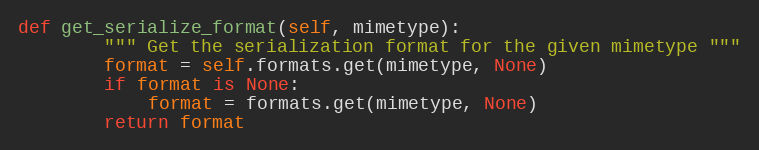
Language: Python
def get_serialize_format(self, mimetype):
		""" Get the serialization format for the given mimetype """
		format = self.formats.get(mimetype, None)
		if format is None:
			format = formats.get(mimetype, None)
		return format